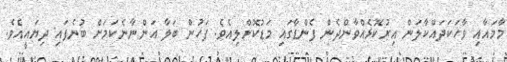
މާމައާއި ވާހަކަދައްކާލަން އިރުކޮޅެއްވާންދެން ފެންޑާގައި މަޑުކޮށްލިއެވެ. ފަހުން ބަލާ އަންނާނެކަމަށް ބުނެފައި ދިޔައީއެވެ.